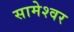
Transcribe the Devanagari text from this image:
सामेश्वर